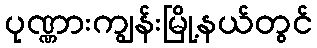
ပုဏ္ဏားကျွန်းမြို့နယ်တွင်